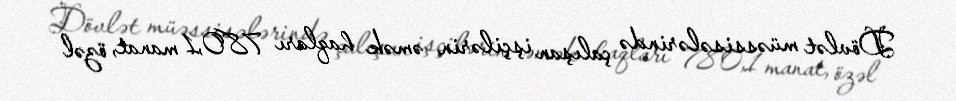
Dövlət müəssisələrində çalışan işçilərin əmək haqları 780,1 manat, özəl